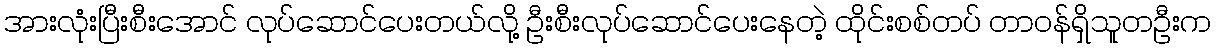
အားလုံးပြီးစီးအောင် လုပ်ဆောင်ပေးတယ်လို့ ဦးစီးလုပ်ဆောင်ပေးနေတဲ့ ထိုင်းစစ်တပ် တာဝန်ရှိသူတဦးက